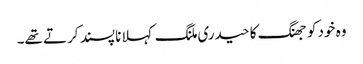
وہ خود کو جھنگ کا حیدری ملنگ کہلانا پسند کرتے تھے۔